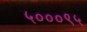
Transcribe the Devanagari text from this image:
५०००९५